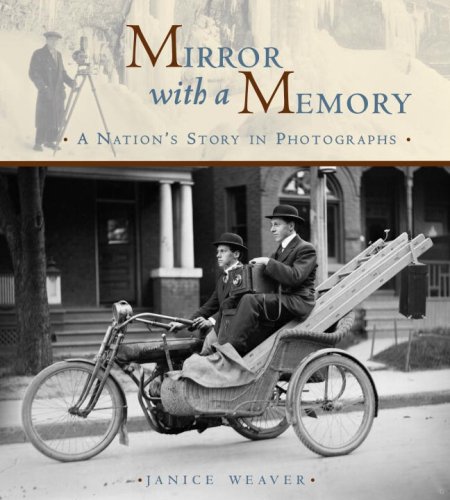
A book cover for Mirror with a Memory: A Nation's Story in Photographs; Janice Weaver; Teen & Young Adult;